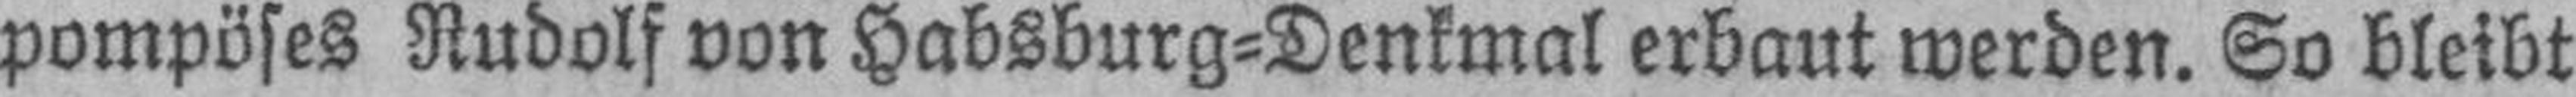
pompöses Rudolf von Habsburg=Denkmal erbaut werden. So bleibt